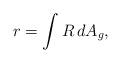
LaTeX: \begin{align*}r=\int R\,dA_g,\end{align*}